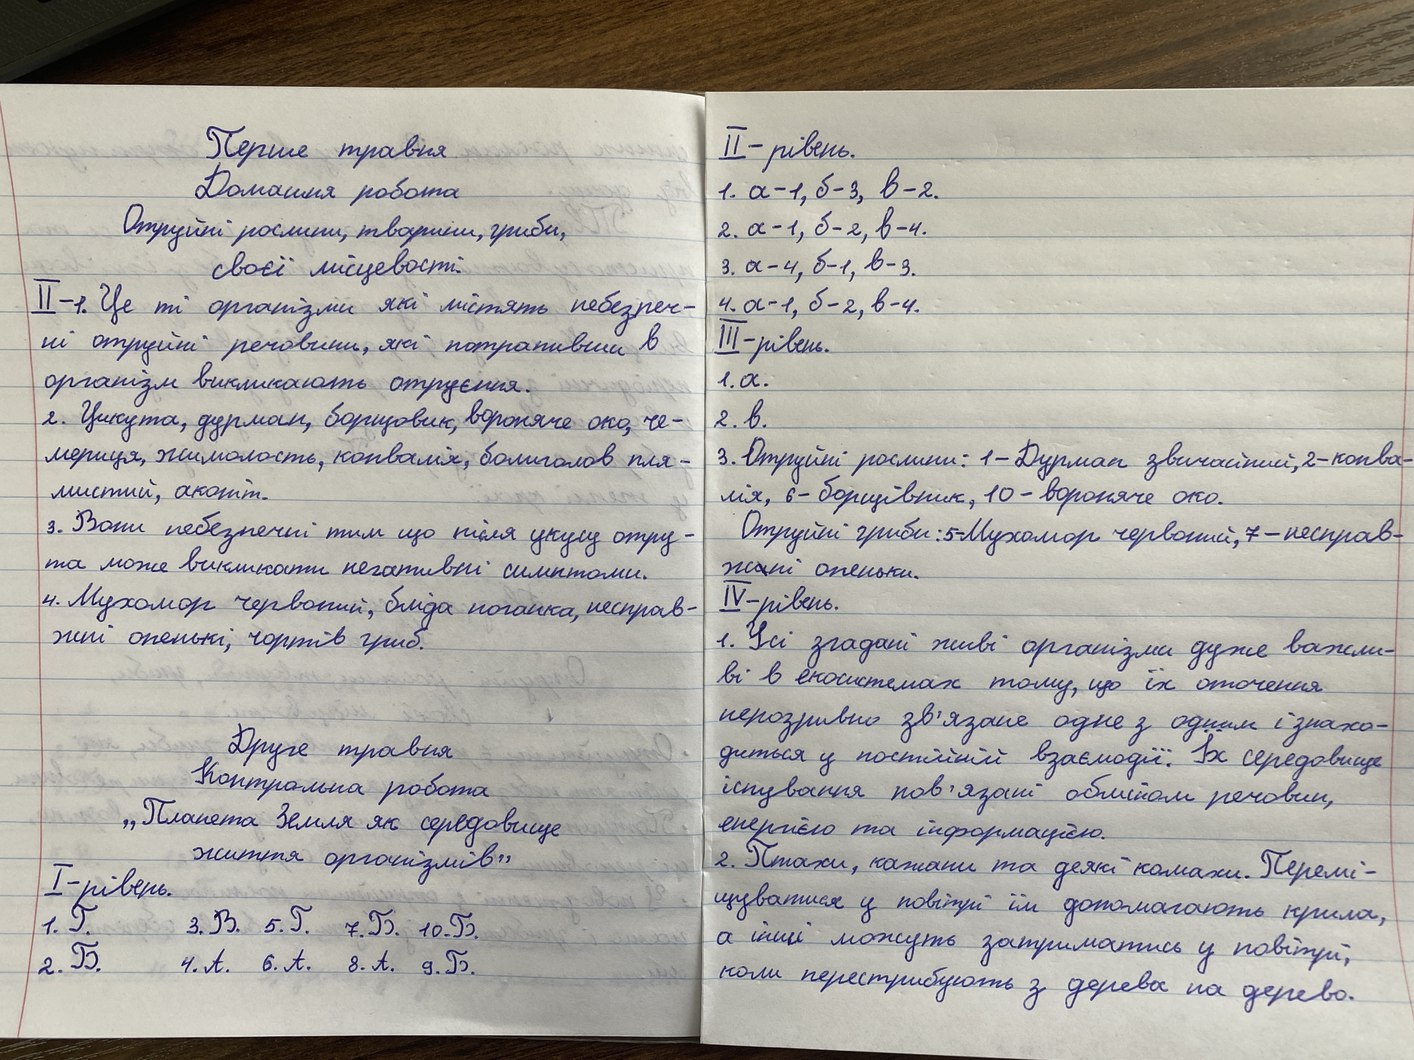
Перше травня
II-рівень.
1. a-1, б-3, в-2.
Домашня робота
Отруйні рослини, тварини, гриби,
2. a-1, б-2, в-4.
3. a-4, б-1, в-3.
своєї місцевості.
II-1. Це ті організми які містять небезпеч-
4. a-1, б-2, в-4.
III-рівень.
ні отруйні речовини, які потрапивши в
організм викликають отруєння.
1. a.
2. в.
2. Цикута, дурман, борщовик, вороняче око, че-
3. Отруйні рослини: 1- Дурман звичайний, 2- конва-
мериця, жимолость, конвалія, болиголов пля-
лія, 6- борщівник, 10- вороняче око.
мистий, аконіт.
3. Вони небезпечні тим що після укусу отру-
Отруйні гриби: 5-Мухомор червоний, 7-несправ-
та може викликати негативні симптоми.
ж~~а~~ні опеньки.
IV-рівень.
4. Мухомор червоний, бліда поганка, несправ-
1. Усі згадані живі організми дуже важли-
жні опеньки, чортів гриб.
ві в екосистемах тому, що їх оточення
нерозривно зв'язане одне з одним і знахо-
Друге травня
диться у постійній взаємодії. Їх середовище
Контрольна робота
існування пов'язані обміном речовин,
"Планета Земля як середовище
енергією та інформацією.
2. Птахи, кажани та деякі комахи. Перемі-
життя організмів"
I-рівень.
щуватися у повітрі їм допомагають крила,
1. Г.
3. В.
5. Г.
7. Б.
10. Б.
а інші можуть затриматись у повітрі,
2. Б.
4. А.
8. А.
6. А.
9. Б.
коли перестрибають з дерева на дерево.